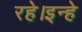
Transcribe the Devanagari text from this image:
रहे।इन्हे